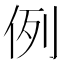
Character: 例